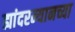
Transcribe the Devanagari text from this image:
ह्यांदरम्यानच्या